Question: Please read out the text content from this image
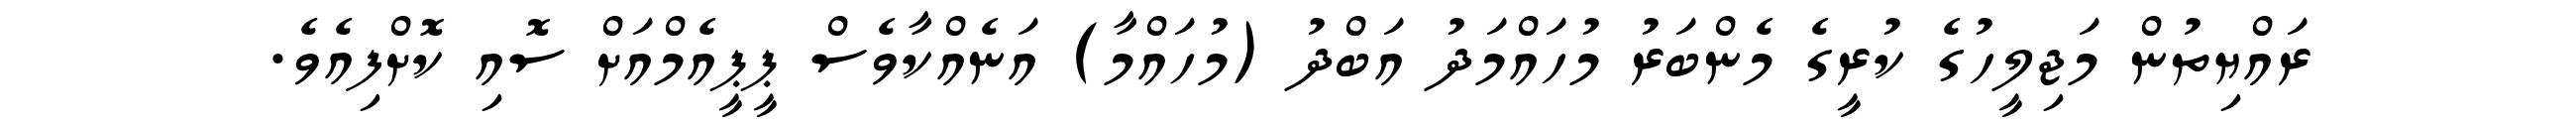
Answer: ރައްޔިތުން މަޖިލީހުގެ ކުރީގެ މެންބަރު މުހައްމަދު އަބްދު (މުހައްމާ) އަނެއްކާވެސް ޕީޕީއެމްއަށް ސޮއި ކޮށްފިއެވެ.